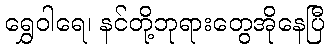
ရွှေဝါရေ၊ နင်တို့ဘုရားတွေအိုနေပြီ